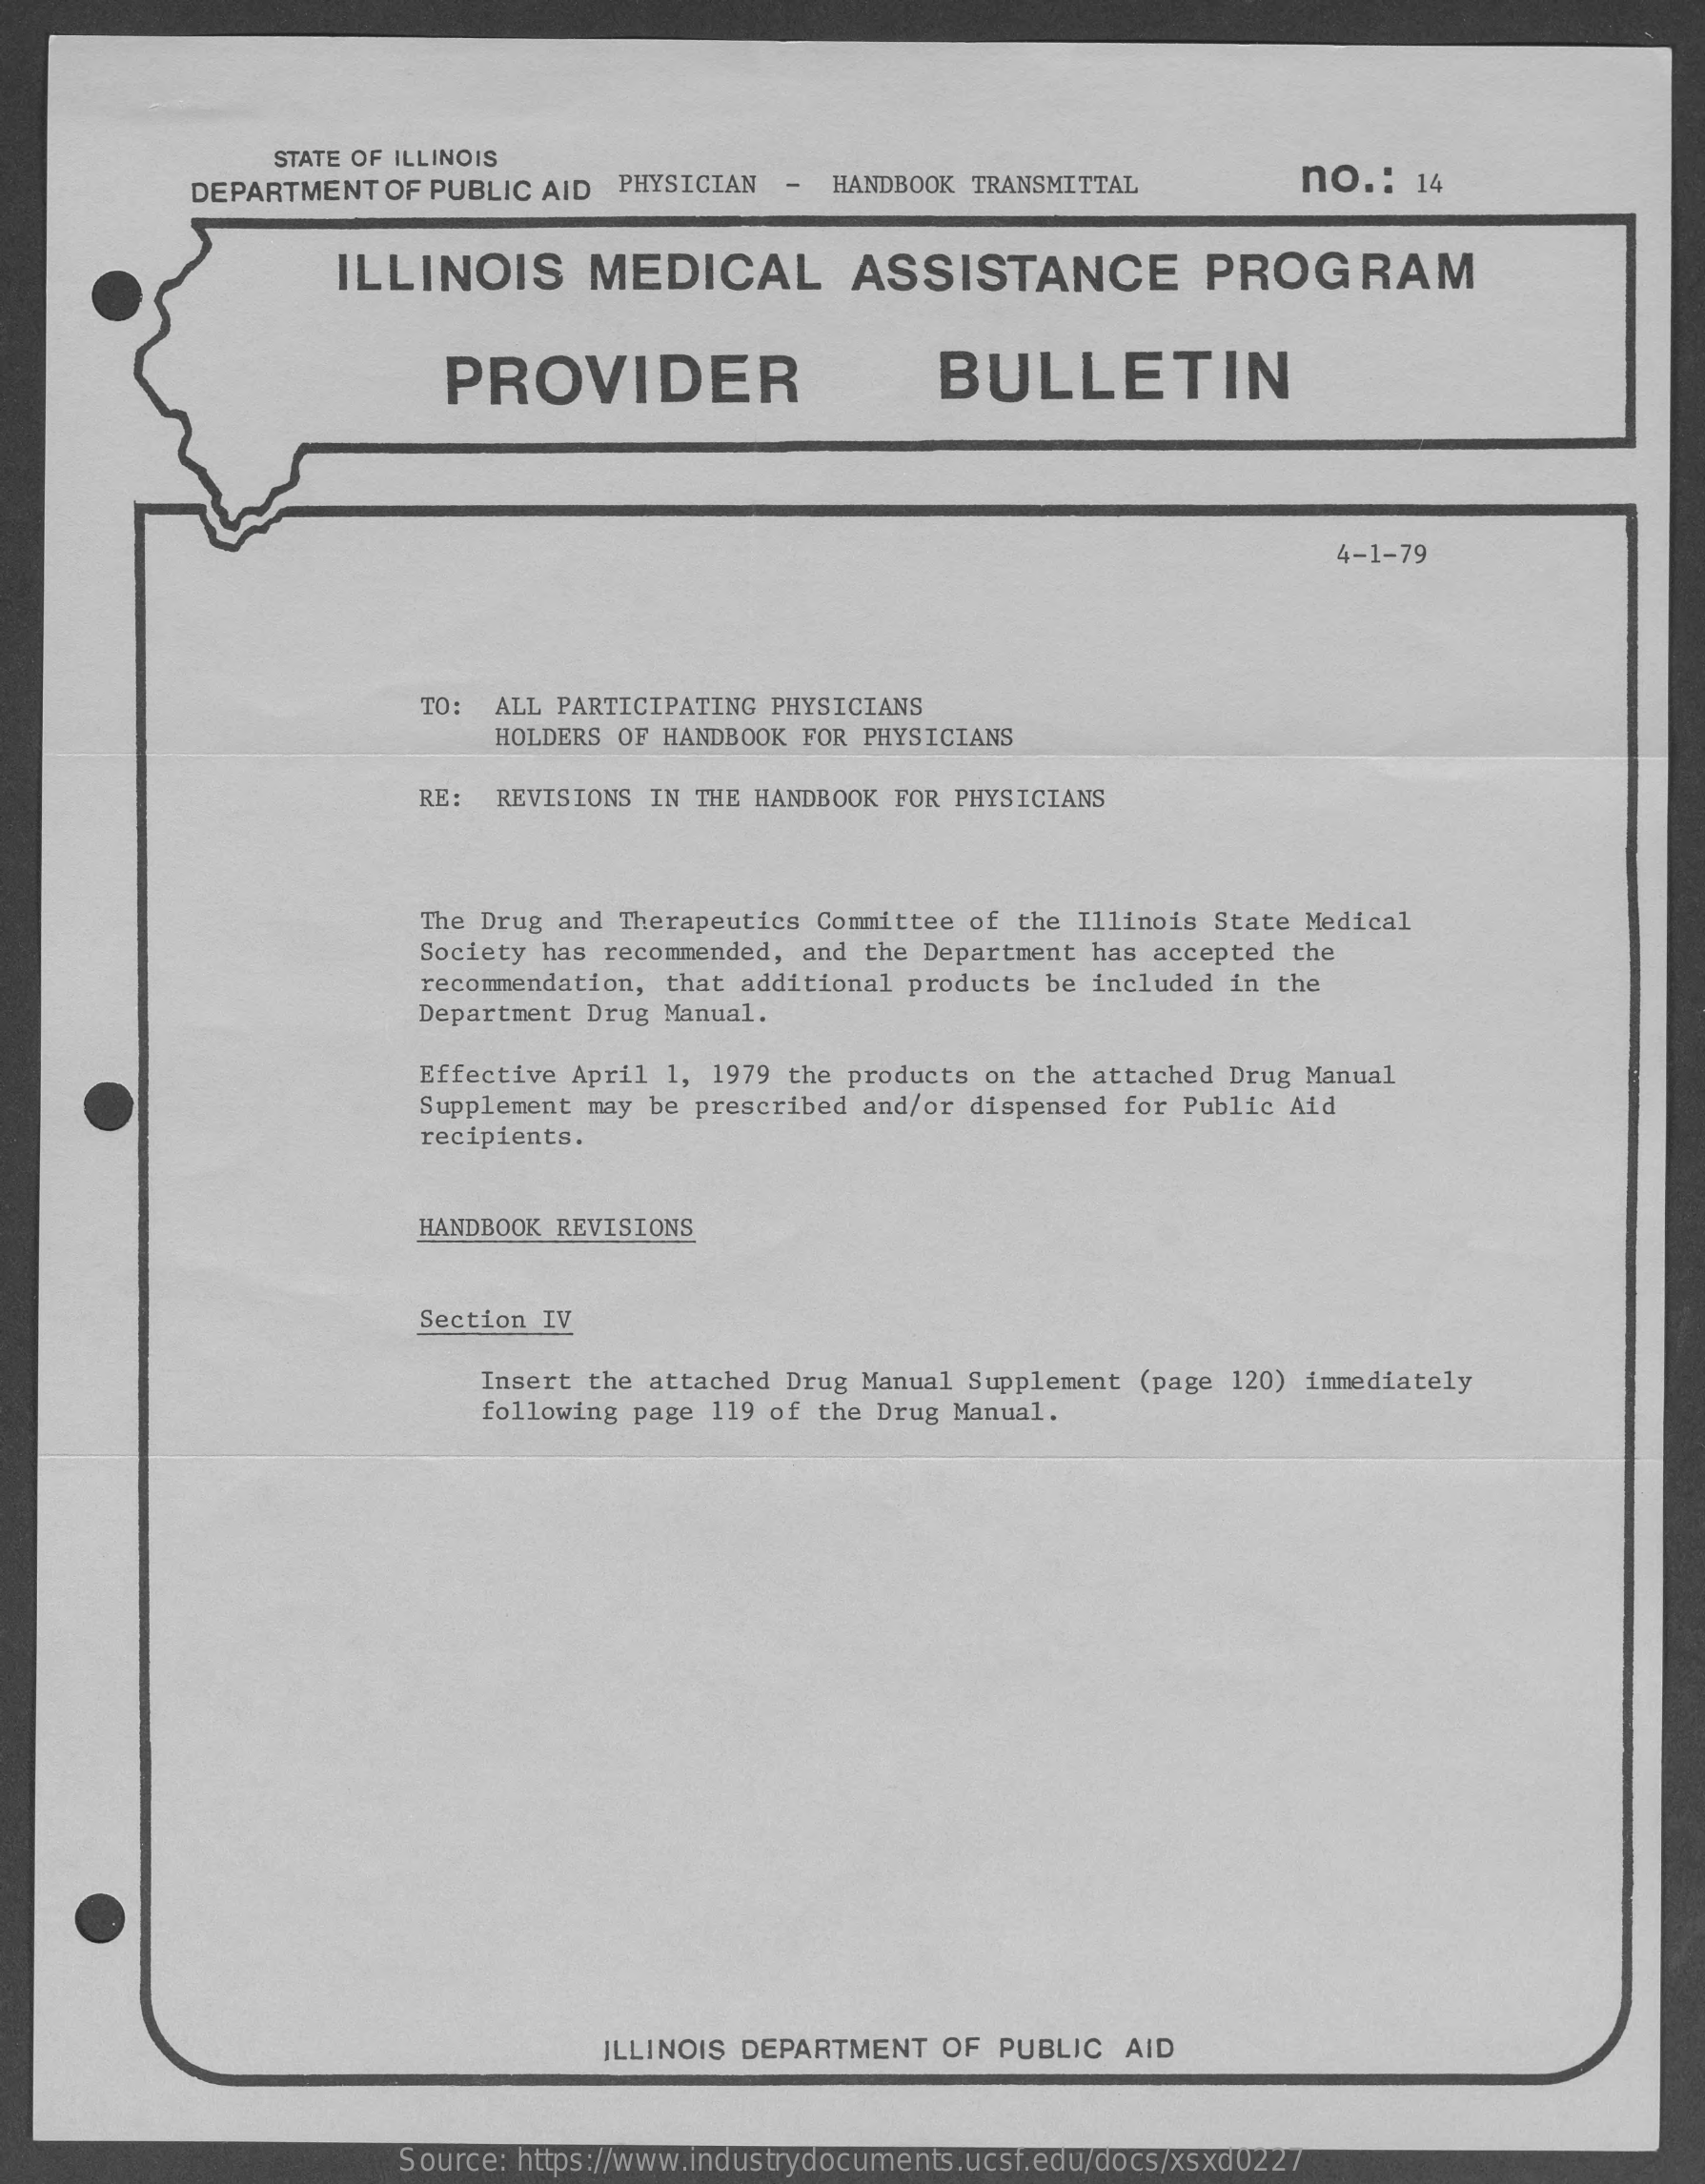
STATE OF ILLINOIS
     DEPARTMENT  OF PUBLIC AID  PHYSICIAN  -  HANDBOOK  TRANSMITTAL    no  .: 14
     ILLINOIS    MEDICAL    ASSISTANCE    PROGRAM
     PROVIDER    BULLETIN
     4-1-79
     TO: ALL PARTICIPATING PHYSICIANS
     HOLDERS OF HANDBOOK FOR PHYSICIANS
     RE: REVISIONS IN THE HANDBOOK FOR PHYSICIANS
     The Drug and Therapeutics Committee of the Illinois State Medical
     Society has recommended, and the Department has accepted the
     recommendation, that additional products be included in the
     Department Drug Manual.
     Effective April 1, 1979 the products on the attached Drug Manual
     Supplement may be prescribed and/or dispensed for Public Aid
     recipients.
     HANDBOOK REVISIONS
     Section IV
     Insert the attached Drug Manual Supplement (page 120) immediately
     following page 119 of the Drug Manual.
     ILLINOIS DEPARTMENT   OF  PUBLIC  AID
     Source: https://www.industrydocuments.ucsf.edu/docs/xsxd0227